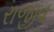
રાજીવ